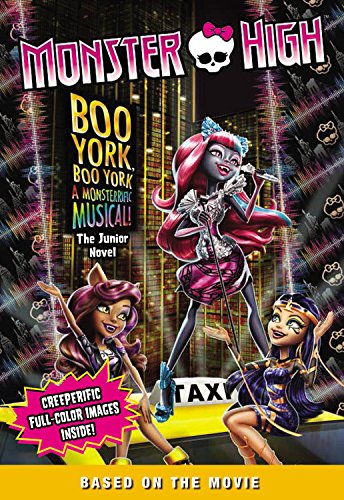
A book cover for Monster High: Boo York, Boo York: The Junior Novel; Mattel; Children's Books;